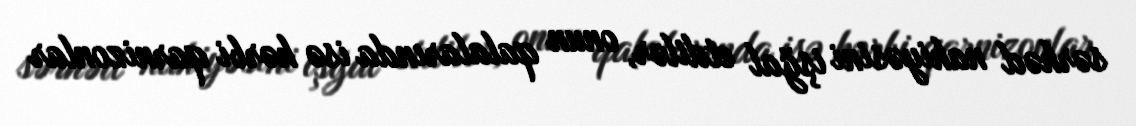
sərhəd nahiyəsini işğal etdilər, onun qalalarında isə hərbi qarnizonlar